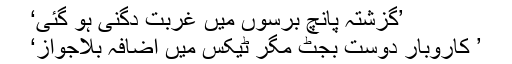
’گزشتہ پانچ برسوں میں غربت دگنی ہو گئی‘
’ کاروبار دوست بجٹ مگر ٹیکس میں اضافہ بلاجواز‘